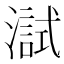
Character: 𤀏